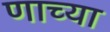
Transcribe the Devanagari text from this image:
णाच्या